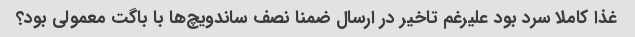
غذا کاملا سرد بود علیرغم تاخیر در ارسال ضمنا نصف ساندویچ‌ها با باگت معمولی بود؟